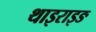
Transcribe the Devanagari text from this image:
थाइराइङ